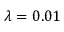
\lambda = 0 . 0 1